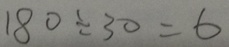
1 8 \div 3 0 = 6